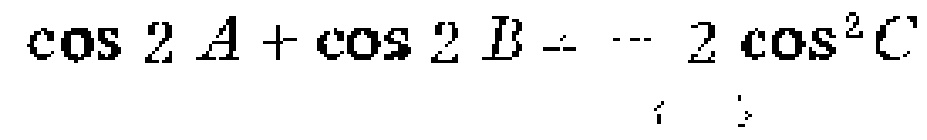
\(\cos 2A+\cos 2B=- 2\cos^{2}C\)